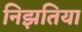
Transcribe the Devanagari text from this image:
निझतिया